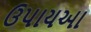
ઉપાયઆ